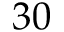
3 0